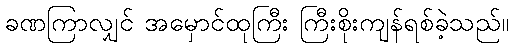
ခဏကြာလျှင် အမှောင်ထုကြီး ကြီးစိုးကျန်ရစ်ခဲ့သည်။